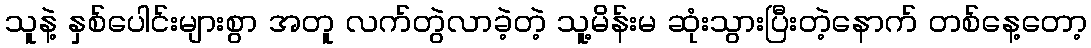
သူနဲ့ နှစ်ပေါင်းများစွာ အတူ လက်တွဲလာခဲ့တဲ့ သူ့မိန်းမ ဆုံးသွားပြီးတဲ့နောက် တစ်နေ့တော့